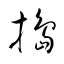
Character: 搗